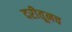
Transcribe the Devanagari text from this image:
दरीतूनच